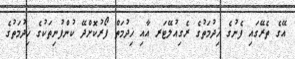
އޭގެ ތެރޭގައި ފެނުގެ ޚިދުމަތުގެ ރެގިއުލޭޓަރ އާއި ޚިދުމަތް ފޯރުކޮށްދޭ ކުންފުނިތަކުގެ ޚިދުމަތުގެ